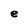
Character: e